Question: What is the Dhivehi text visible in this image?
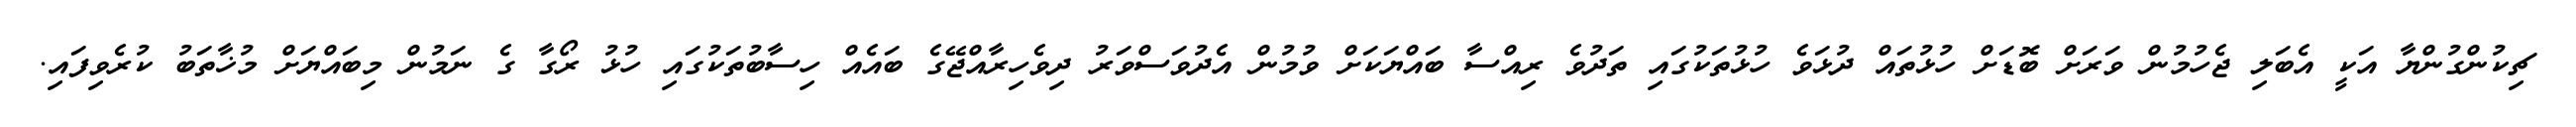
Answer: ޗިކުންގުންޔާ އަކީ އެބަލި ޖެހުމުން ވަރަށް ބޮޑަށް ހުޅުތައް ދުޅަވެ ހުޅުތަކުގައި ތަދުވެ ރިއްސާ ބައްޔަކަށް ވުމުން އެދުވަސްވަރު ދިވެހިރާއްޖޭގެ ބައެއް ހިސާބުތަކުގައި ހުޅު ރޯގާ ގެ ނަމުން މިބައްޔަށް މުޚާތަބު ކުރެވިފައި.